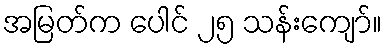
အမြတ်က ပေါင် ၂၅ သန်းကျော်။